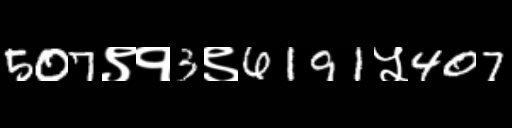
Text: 507९१3९6191५407